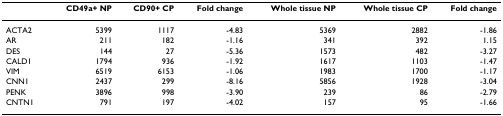
<table><thead><tr><td></td><td><b>CD49a+ NP</b></td><td><b>CD90+ CP</b></td><td><b>Fold change</b></td><td><b>Whole tissue NP</b></td><td><b>Whole tissue CP</b></td><td><b>Fold change</b></td></tr></thead><tbody><tr><td>ACTA2</td><td>5399</td><td>1117</td><td>-4.83</td><td>5369</td><td>2882</td><td>-1.86</td></tr><tr><td>AR</td><td>211</td><td>182</td><td>-1.16</td><td>341</td><td>392</td><td>1.15</td></tr><tr><td>DES</td><td>144</td><td>27</td><td>-5.36</td><td>1573</td><td>482</td><td>-3.27</td></tr><tr><td>CALD1</td><td>1794</td><td>936</td><td>-1.92</td><td>1617</td><td>1103</td><td>-1.47</td></tr><tr><td>VIM</td><td>6519</td><td>6153</td><td>-1.06</td><td>1983</td><td>1700</td><td>-1.17</td></tr><tr><td>CNN1</td><td>2437</td><td>299</td><td>-8.16</td><td>5856</td><td>1928</td><td>-3.04</td></tr><tr><td>PENK</td><td>3896</td><td>998</td><td>-3.90</td><td>239</td><td>86</td><td>-2.79</td></tr><tr><td>CNTN1</td><td>791</td><td>197</td><td>-4.02</td><td>157</td><td>95</td><td>-1.66</td></tr></tbody></table>